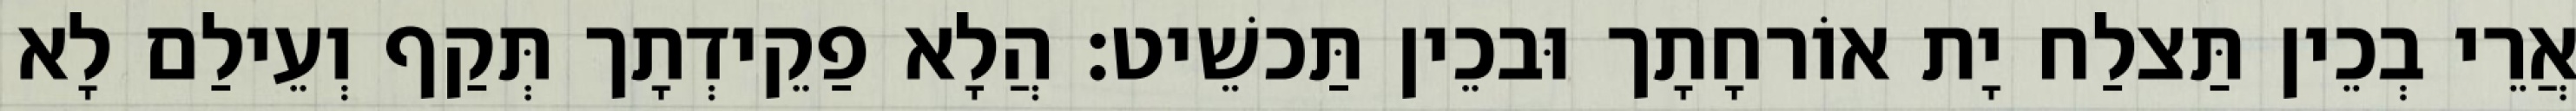
אֲרֵי בְכֵין תַּצלַח יָת אוֹרחָתָך וּבכֵין תַּכשֵׁיט׃ הֲלָא פַקֵידְתָך תְּקַף וְעֵילַם לָא